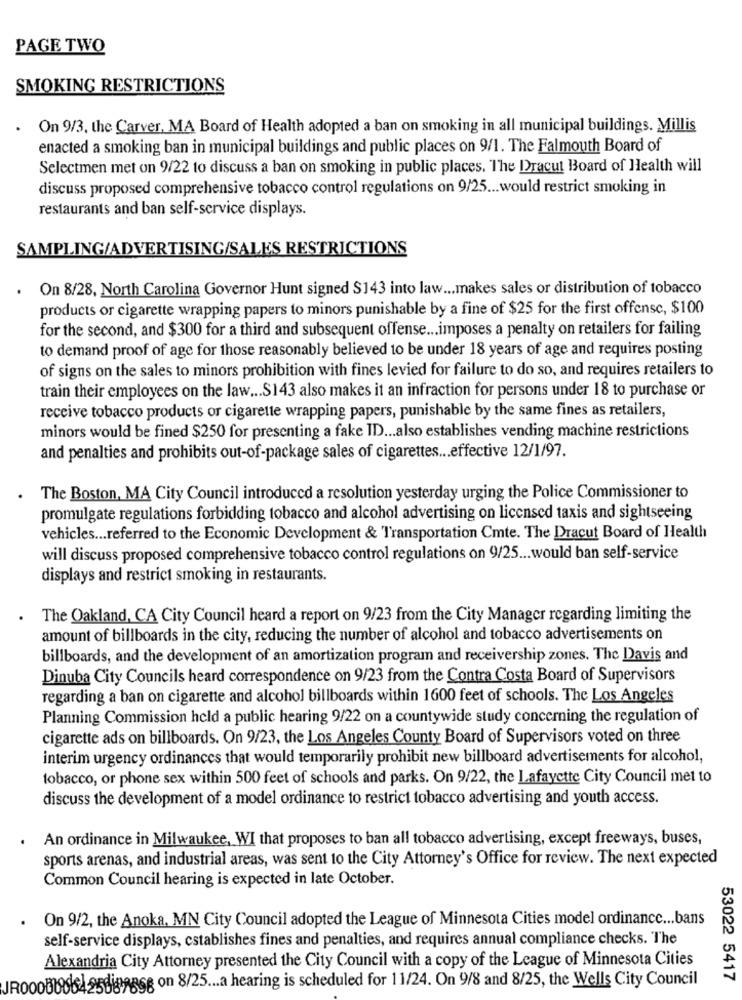
PAGE TWO
SMOKING RESTRICTIONS
On 9/3, the Carver, MA Board of Health adopted a ban on smoking in all municipal buildings. Millis
enacted a smoking ban in municipal buildings and public places on 9/1. The Falmouth Board of
Selectmen met on 9/22 to discuss a ban on smoking in public places. The Dracut Board of Health will
discuss proposed comprehensive tobacco control regulations on 9/25 ... would restrict smoking in
restaurants and ban self-service displays.
SAMPLING/ADVERTISING/SALES RESTRICTIONS
.
On 8/28, North Carolina Governor Hunt signed $143 into law ... makes sales or distribution of tobacco
products or cigarette wrapping papers to minors punishable by a fine of $25 for the first offense, $100
for the second, and $300 for a third and subsequent offense ... imposes a penalty on retailers for failing
to demand proof of age for those reasonably believed to be under 18 years of age and requires posting
of signs on the sales to minors prohibition with fines levied for failure to do so, and requires retailers to
train their employees on the law ... S143 also makes it an infraction for persons under 18 to purchase or
receive tobacco products or cigarette wrapping papers, punishable by the same fines as retailers,
minors would be fined $250 for presenting a fake ID ... also establishes vending machine restrictions
and penalties and prohibits out-of-package sales of cigarettes ... effective 12/1/97.
The Boston, MA City Council introduced a resolution yesterday urging the Police Commissioner to
promulgate regulations forbidding tobacco and alcohol advertising on licensed taxis and sightseeing
vehicles ... referred to the Economic Development & Transportation Cmte. The Dracut Board of Health
will discuss proposed comprehensive tobacco control regulations on 9/25 ... would ban self-service
displays and restrict smoking in restaurants.
The Oakland, CA City Council heard a report on 9/23 from the City Manager regarding limiting the
amount of billboards in the city, reducing the number of alcohol and tobacco advertisements on
billboards, and the development of an amortization program and receivership zones. The Davis and
Dinuba City Councils heard correspondence on 9/23 from the Contra Costa Board of Supervisors
regarding a ban on cigarette and alcohol billboards within 1600 feet of schools. The Los Angeles
Planning Commission held a public hearing 9/22 on a countywide study concerning the regulation of
cigarette ads on billboards. On 9/23, the Los Angeles County Board of Supervisors voted on three
interim urgency ordinances that would temporarily prohibit new billboard advertisements for alcohol,
tobacco, or phone sex within 500 feet of schools and parks. On 9/22, the Lafayette City Council met to
discuss the development of a model ordinance to restrict tobacco advertising and youth access.
An ordinance in Milwaukee, WI that proposes to ban all tobacco advertising, except freeways, buses,
sports arenas, and industrial areas, was sent to the City Attorney's Office for review. The next expected
Common Council hearing is expected in late October.
. On 9/2, the Anoka. MN City Council adopted the League of Minnesota Cities model ordinance ... bans
self-service displays, establishes fines and penalties, and requires annual compliance checks. The
Alexandria City Attorney presented the City Council with a copy of the League of Minnesota Cities
JR000806425dignas on 8/25 ... a hearing is scheduled for 11/24. On 9/8 and 8/25, the Wells City Council
53022 5417